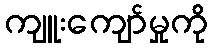
ကျူးကျော်မှုကို